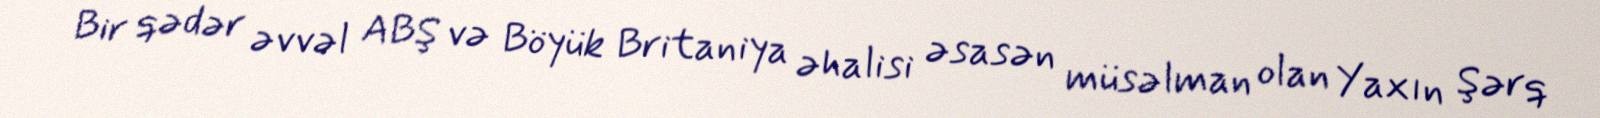
Bir qədər əvvəl ABŞ və Böyük Britaniya əhalisi əsasən müsəlman olan Yaxın Şərq